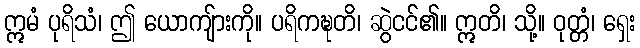
ဣမံ ပုရိသံ၊ ဤ ယောကျ်ားကို။ ပရိကဍ္ဎတိ၊ ဆွဲငင်၏။ ဣတိ၊ သို့။ ဝုတ္တံ၊ ရှေး